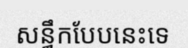
សន្ធឹកបែបនេះទេ